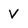
Character: V